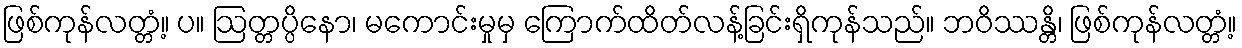
ဖြစ်ကုန်လတ္တံ့။ ပ။ ဩတ္တပ္ပိနော၊ မကောင်းမှုမှ ကြောက်ထိတ်လန့်ခြင်းရှိကုန်သည်။ ဘဝိဿန္တိ၊ ဖြစ်ကုန်လတ္တံ့။